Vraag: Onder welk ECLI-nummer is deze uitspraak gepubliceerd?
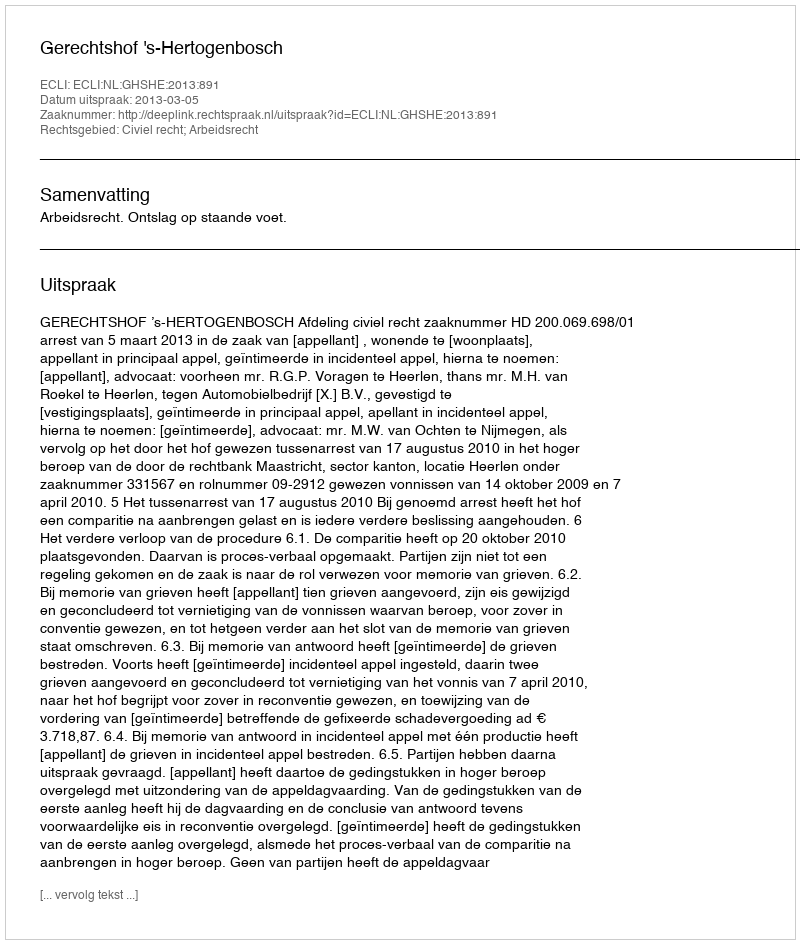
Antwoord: ECLI:NL:GHSHE:2013:891